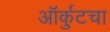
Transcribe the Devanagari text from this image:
ऑर्कुटचा